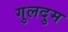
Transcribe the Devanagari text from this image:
गुलदुम